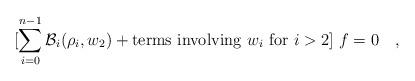
LaTeX: \begin{align*}[\sum_{i=0}^{n-1} {\cal B}_i(\rho_i,w_2) + {\rm terms\ involving\ } w_i {\rm \ for\ } i>2 ] \ f =0\quad, \end{align*}